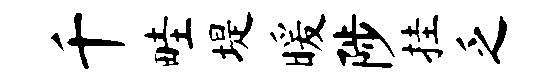
千畦堤暖陟挂乏